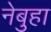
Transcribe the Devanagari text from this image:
नेबुहा